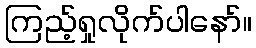
ကြည့်ရှုလိုက်ပါနော်။